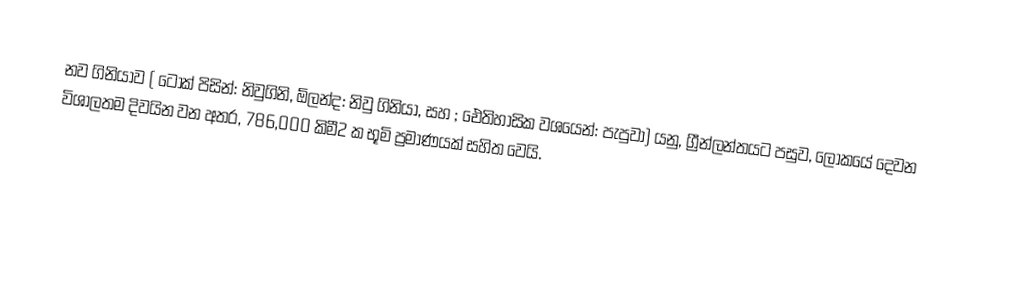
නව ගිනියාව ( ටොක් පිසින්: නිවුගිනි, ඕලන්ද: නිවු ගිනියා, සහ ; ඓතිහාසික වශයෙන්: පැපුවා) යනු,  ග්‍රීන්ලන්තයට පසුව, ලෝකයේ දෙවන විශාලතම දිවයින වන අතර,   786,000 කිමී2 ක භූමි ප්‍රමාණයක් සහිත වෙයි.